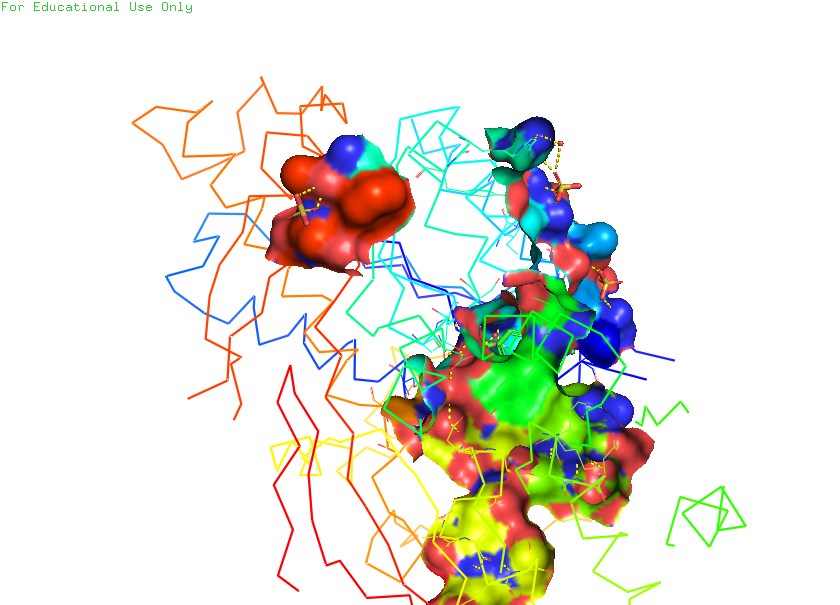
pymol, preset, ligand_sites_hq